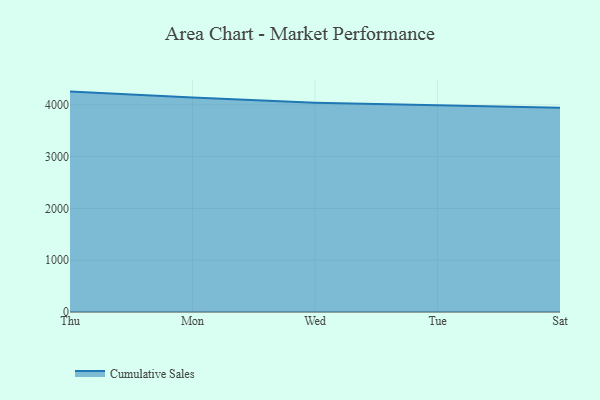
{"axis": {"x": "Day", "y": "Website Visitors"}, "legend": ["Cumulative Sales"], "data": [{"x": "Thu", "y": 4255.2, "type": "Cumulative Sales"}, {"x": "Mon", "y": 4140.0, "type": "Cumulative Sales"}, {"x": "Wed", "y": 4042.3, "type": "Cumulative Sales"}, {"x": "Tue", "y": 3993.9, "type": "Cumulative Sales"}, {"x": "Sat", "y": 3942.7, "type": "Cumulative Sales"}]}